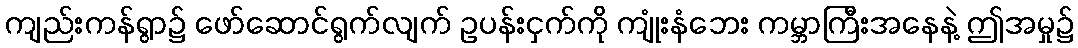
ကျည်းကန်ရွာ၌ ဖော်ဆောင်ရွက်လျက် ဥပန်းငှက်ကို ကျုံးနံဘေး ကမ္ဘာကြီးအနေနဲ့ ဤအမှု၌